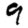
Digit: 9